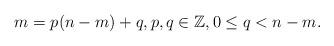
LaTeX: \begin{align*} m = p (n-m) + q, p, q \in \mathbb{Z}, 0 \leq q < n-m.\end{align*}